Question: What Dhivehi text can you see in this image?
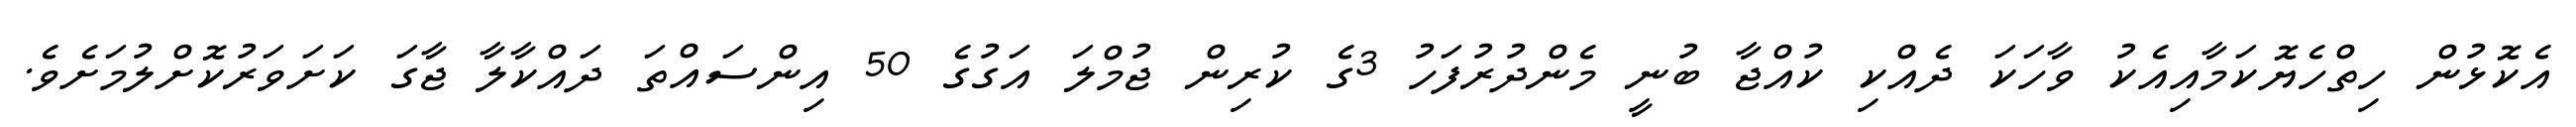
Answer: އެކޮޅުން ހިތްހެޔޮކަމާއިއެކު ވާހަކަ ދެއްކި ކުއްޖާ ބުނީ މެންދުރުފަހު 3ގެ ކުރިން ޖުމްލަ އަގުގެ 50 އިންސައްތަ ދައްކާލާ ޖާގަ ކަށަވަރުކޮށްލުމަށެވެ.